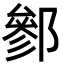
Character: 𨝐